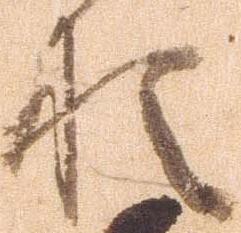
猶